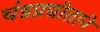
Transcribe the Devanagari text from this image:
चंडप्रद्योताने